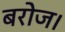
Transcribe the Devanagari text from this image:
बरोज।